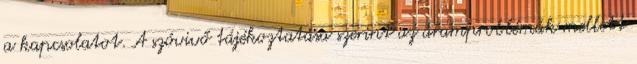
a kapcsolatot. A szóvivő tájékoztatása szerint az áramproblémák mellett